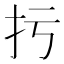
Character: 扝